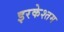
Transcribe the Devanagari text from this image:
इरकेश्तम